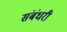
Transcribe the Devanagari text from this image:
संबंधरी